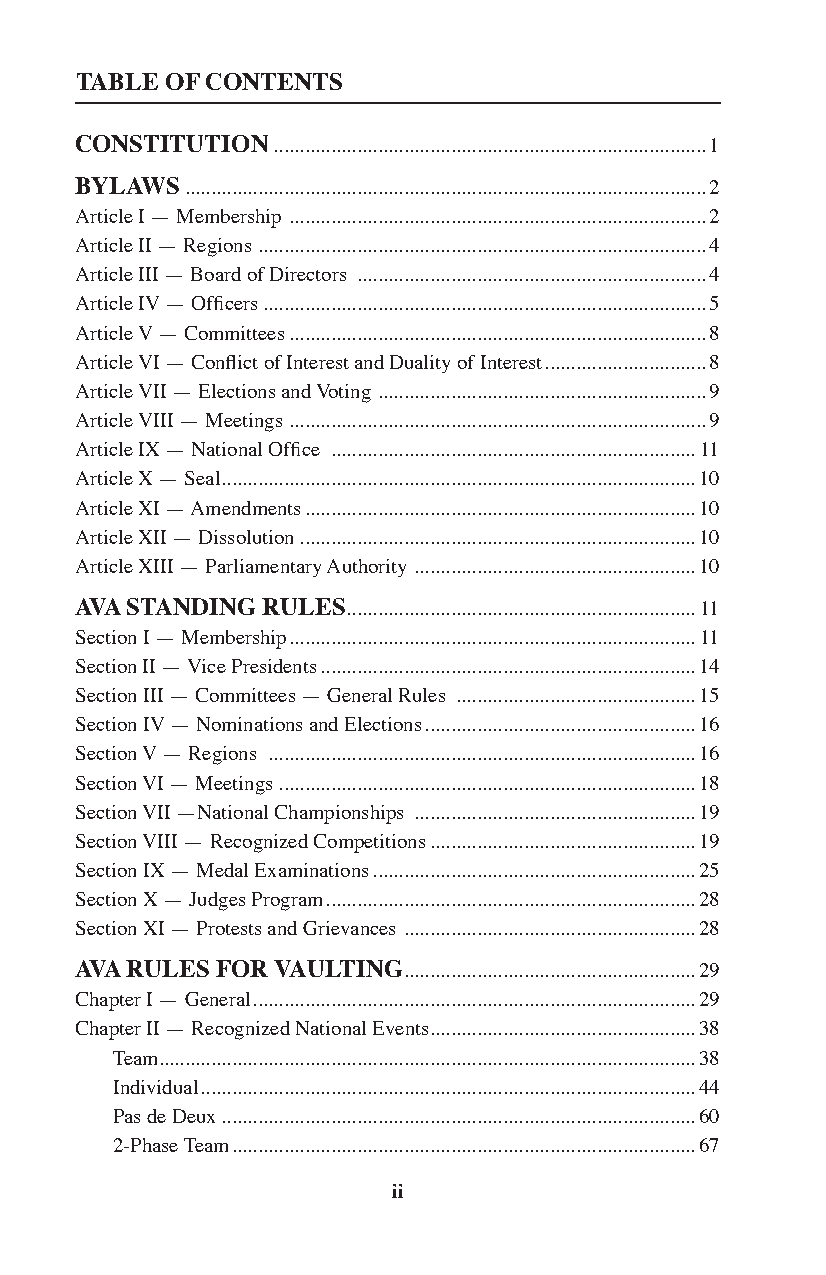
TABLE OF CONTENTS
 CONSTITUTION ...................................................................................1
 BYLAWS ....................................................................................................2
 Article I — Membership ................................................................................2
 Article II — Regions ......................................................................................4
 Article III — Board of Directors ...................................................................4
 Article IV — Officers .....................................................................................5
 Article V — Committees ................................................................................8
 Article VI — Conflict of Interest and Duality of Interest ...............................8
 Article VII — Elections and Voting ...............................................................9
 Article VIII — Meetings ................................................................................9
 Article IX — National Office ......................................................................11
 Article X — Seal ...........................................................................................10
 Article XI — Amendments ...........................................................................10
 Article XII — Dissolution ............................................................................10
 Article XIII — Parliamentary Authority ......................................................10
 AVA STANDING RULES ...................................................................11
 Section I — Membership ..............................................................................11
 Section II — Vice Presidents ........................................................................14
 Section III — Committees — General Rules ..............................................15
 Section IV — Nominations and Elections ....................................................16
 Section V — Regions ..................................................................................16
 Section VI — Meetings ................................................................................18
 Section VII —National Championships ......................................................19
 Section VIII — Recognized Competitions ...................................................19
 Section IX — Medal Examinations ..............................................................25
 Section X — Judges Program .......................................................................28
 Section XI — Protests and Grievances ........................................................28
 AVA RULES FOR VAULTING ........................................................29
 Chapter I — General .....................................................................................29
 Chapter II — Recognized National Events ...................................................38
 Team.......................................................................................................38
 Individual ...............................................................................................44
 Pas de Deux ...........................................................................................60
 2-Phase Team .........................................................................................67
 ii